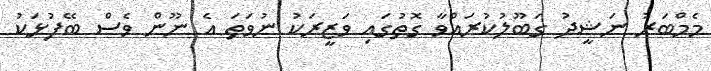
މެމްބަރު ނަޝީދު ގަބޫލުކުރައްވާ ގޮތުގައި ވަޒީރަކު ނުވަތަ އެ ނޫން ވެސް ބޭފުޅަކު